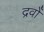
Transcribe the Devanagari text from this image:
द्रवोँ